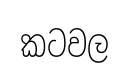
කටවල